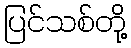
ပြင်သစ်တို့